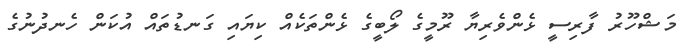
މަޝްހޫރު ފާރިސީ ޅެންވެރިޔާ ރޫމީގެ ލޯބީގެ ޅެންތަކެއް ކިޔައި ގަނޑުތައް އުކަން ހެނދުނުގެ